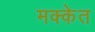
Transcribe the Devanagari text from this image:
मक्केत